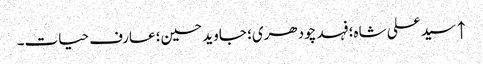
↑ سید علی شاہ؛ فہد چودھری؛ جاوید حسین؛ عارف حیات۔